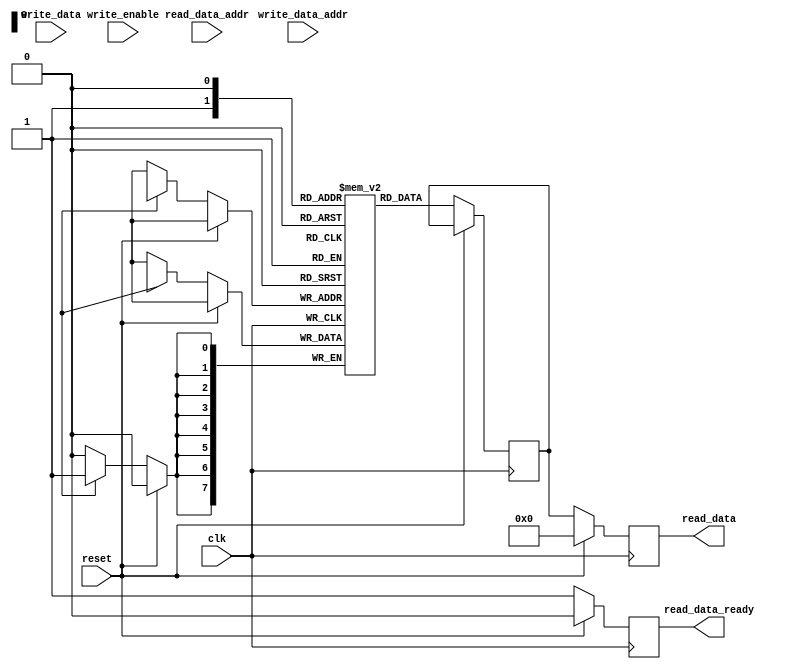
module dual_port_ram (
  input wire clk,
  input wire reset,
  input wire [7:0] read_data_addr,
  input wire [7:0] write_data_addr,
  input wire [7:0] write_data,
  input wire write_enable,
  output reg [7:0] read_data,
  output reg read_data_ready
);

reg [7:0] memory [0:255];

// Pipeline read/write operations on one port
reg [7:0] pipeline_read_data_addr;
reg [7:0] pipeline_write_data_addr;
reg [7:0] pipeline_write_data;
reg pipeline_write_enable;
reg [7:0] pipeline_read_data;

always @(posedge clk) begin
  if (reset) begin
    // Reset the read_data to 0 and read_data_ready to 0
    read_data <= 8'h00;
    read_data_ready <= 0;
  end
  else begin
    if (pipeline_write_enable) begin
      // Write data to memory at given address
      memory[pipeline_write_data_addr] <= pipeline_write_data;
    end
    // Read data from memory at given address
    pipeline_read_data <= memory[pipeline_read_data_addr];
    // Update the output data and ready signal
    read_data <= pipeline_read_data;
    read_data_ready <= 1;
  end
end

endmodule